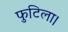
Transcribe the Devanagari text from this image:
फुटिला।